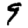
Digit: 9